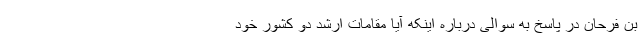
بن فرحان در پاسخ به سوالی درباره اینکه آیا مقامات ارشد دو کشور خود